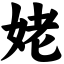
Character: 姥